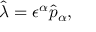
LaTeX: \hat { \lambda } = \epsilon ^ { \alpha } \hat { p } _ { \alpha } ,